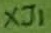
Text: XJ1